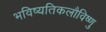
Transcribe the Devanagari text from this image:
भविष्यतिकलौविष्णु